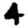
Digit: 4